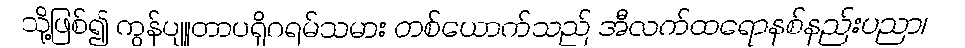
သို့ဖြစ်၍ ကွန်ပျူတာပရိုဂရမ်သမား တစ်ယောက်သည် အီလက်ထရောနစ်နည်းပညာ၊